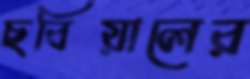
ছবিয়ালের